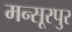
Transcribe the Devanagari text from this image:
मन्सूरपुर